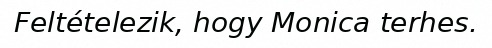
Feltételezik, hogy Monica terhes.